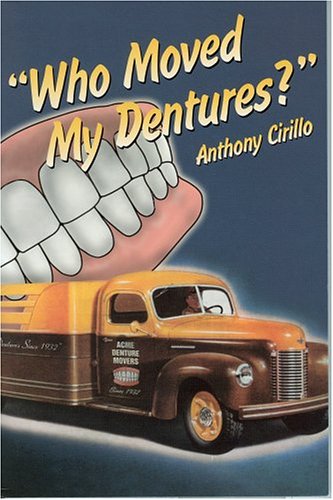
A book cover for Who Moved My Dentures? 13 False (Teeth) Truths About Long-Term Care and Aging in America; Anthony Cirillo; Medical Books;